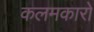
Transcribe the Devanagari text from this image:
कलमकारों